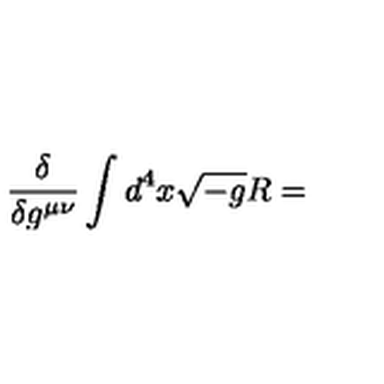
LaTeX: \frac { \delta } { \delta g ^ { \mu \nu } } \int d ^ { 4 } x \sqrt { - g } R =